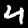
Digit: 4